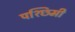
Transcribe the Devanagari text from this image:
पश्छिमी